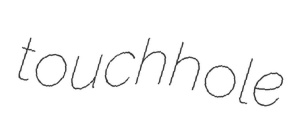
touchhole